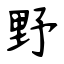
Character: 野